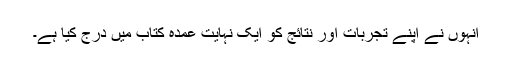
انہوں نے اپنے تجربات اور نتائج کو ایک نہایت عمدہ کتاب میں درج کیا ہے۔